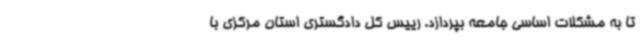
تا به مشکلات اساسی جامعه بپردازد. رییس کل دادگستری استان مرکزی با